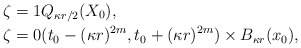
\begin{align*}\zeta&=1 Q_{\kappa r/2}(X_0), \\\zeta&=0 (t_0-(\kappa r)^{2m},t_0+(\kappa r)^{2m})\times B_{\kappa r}(x_0),\end{align*}